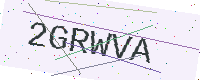
Text: 2GRWVA